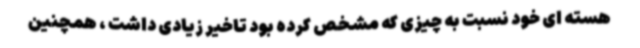
هسته ای خود نسبت به چیزی که مشخص کرده بود تاخیر زیادی داشت ، همچنین